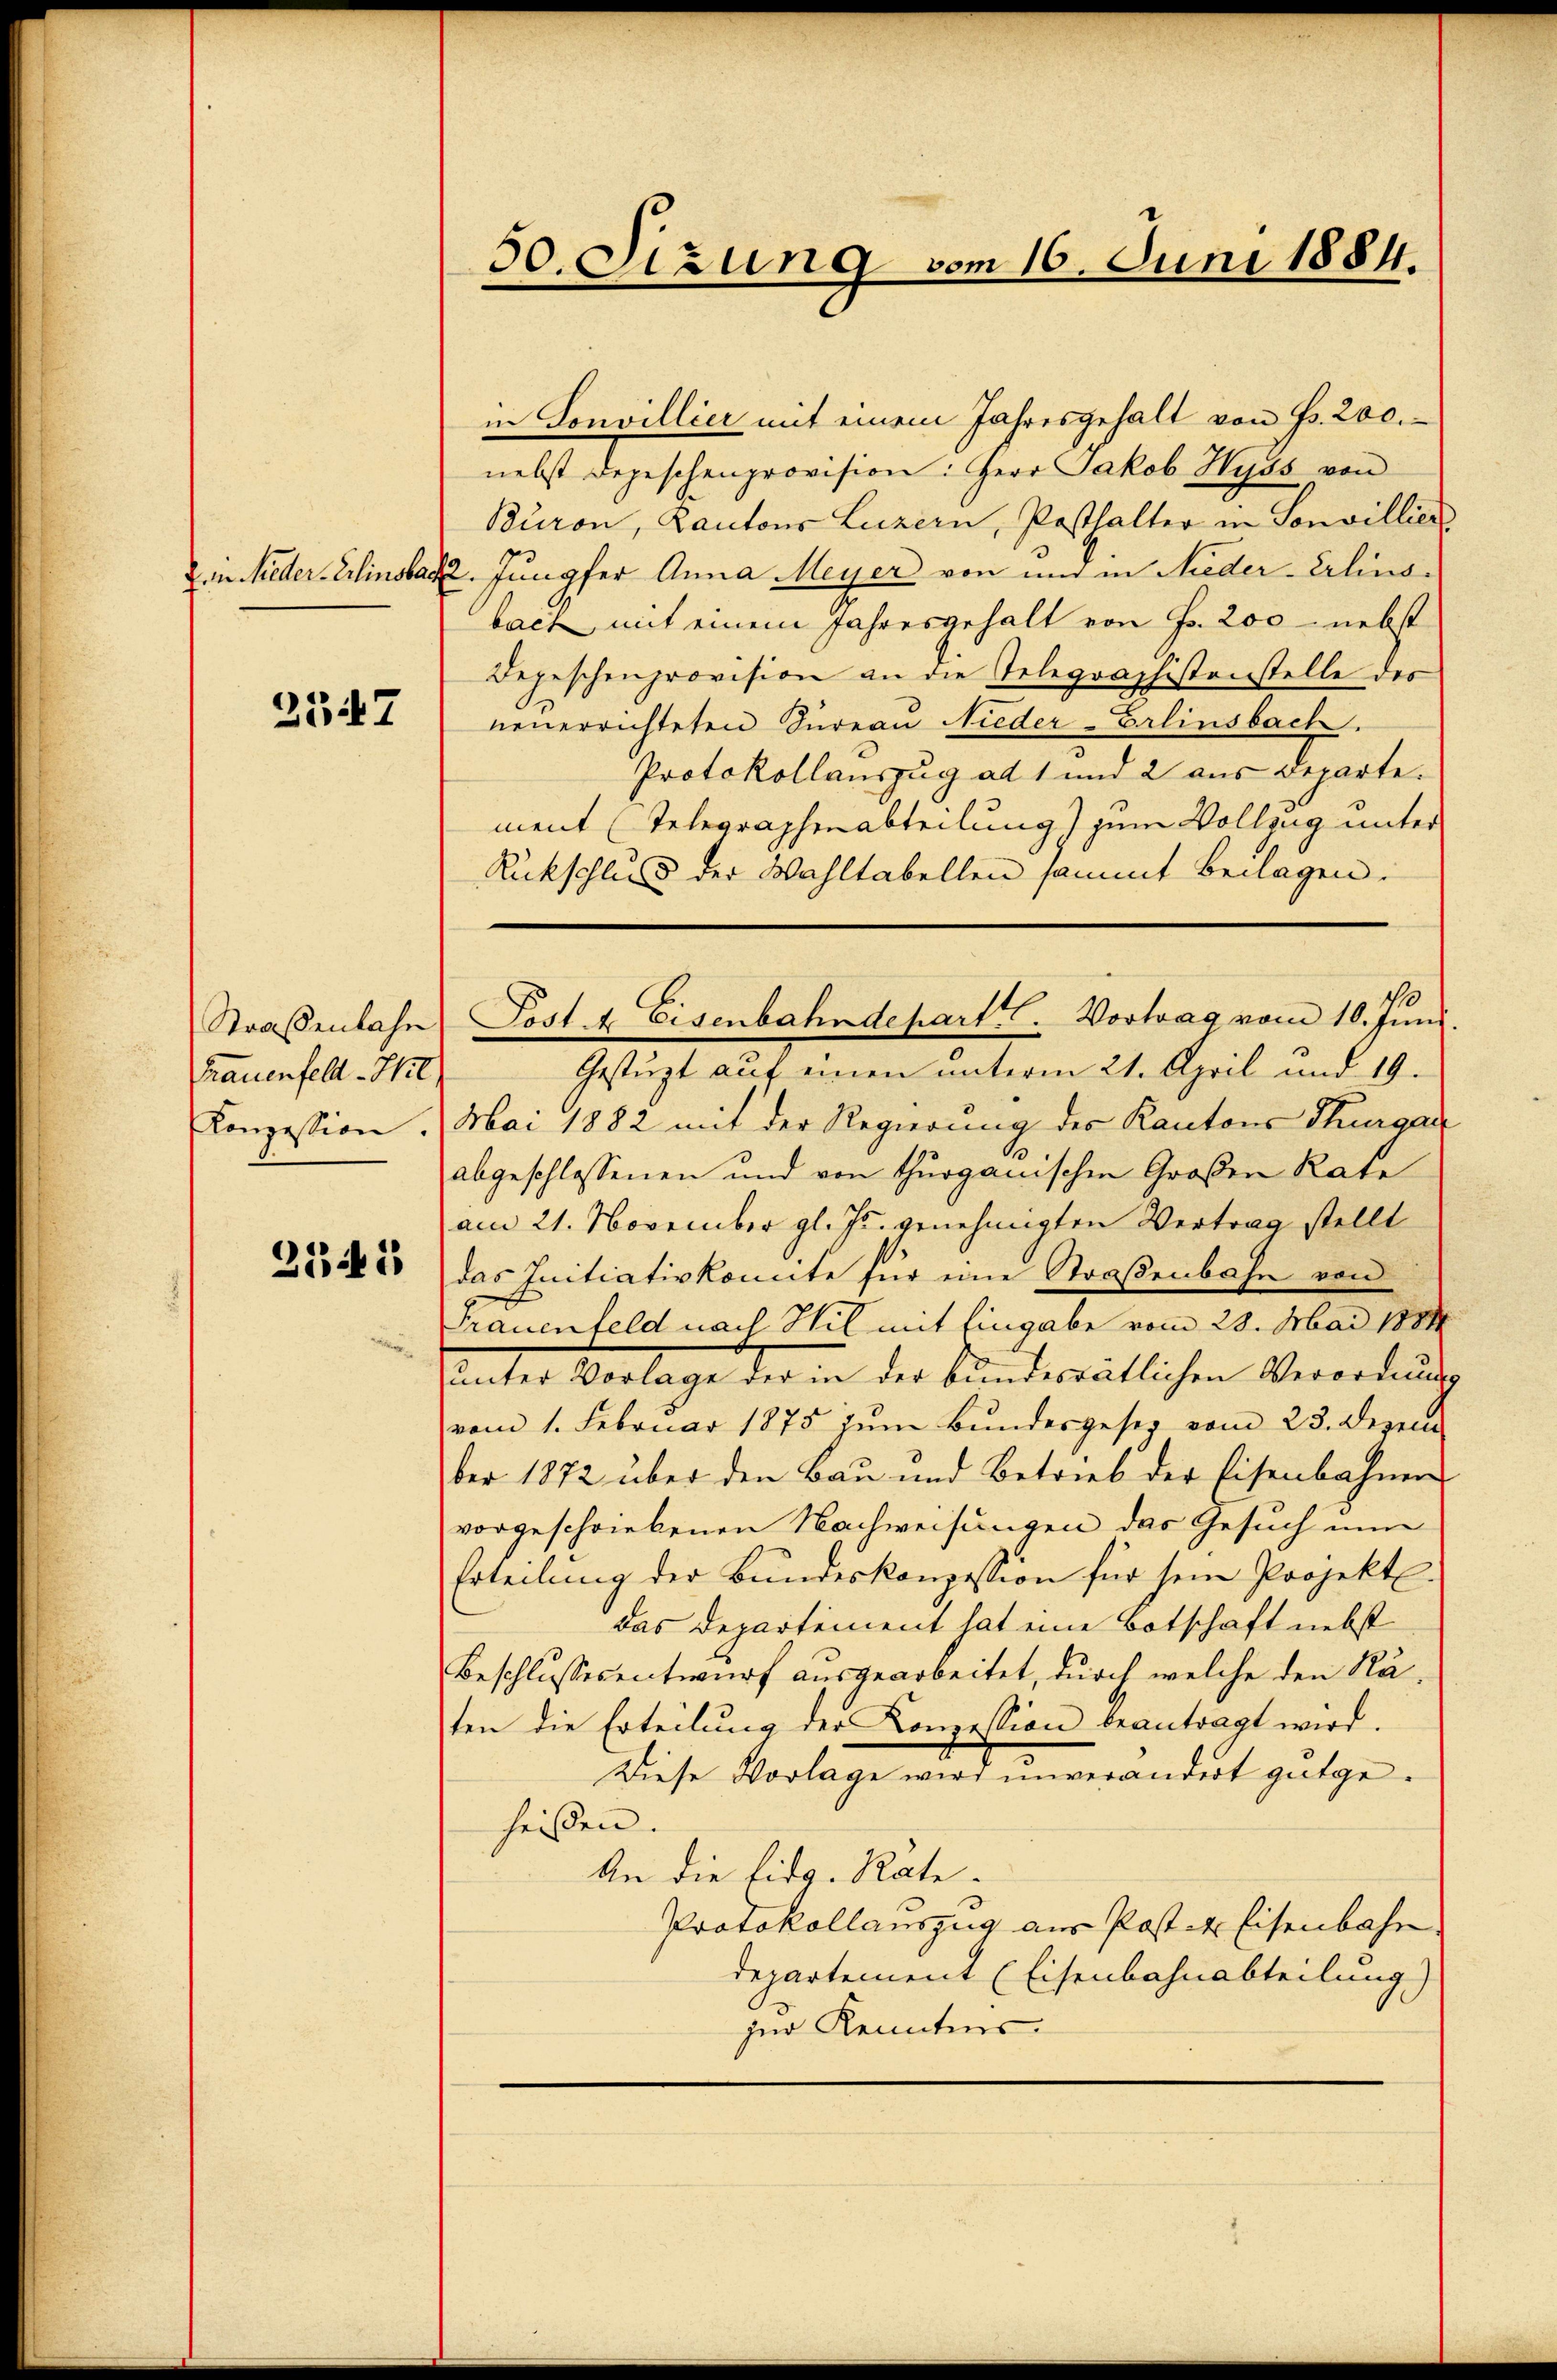
Den Nieder-Erlinsbar

2547

Straßenbahn
Frauenfeld - Hit
Konzession.

27f 5

30. Sitzung vom 16. Juni 1884.

in Sonvillier mit einem Jahresgehalt von Fr. 200.
nebst Depeschenprovision: Herr Jakob Hyss von
Buron, Kantons Luzern, Pesthalter in Sonvillier
2. Jungfer Anna Meyer von und in Nieder-Erlinsbact mit einem Jahresgehalt von Fr. 200 - nebst
Depeschenprovision an die Telegraphistenstelle des
neuerrichteten Türeau Nieder- erlinsbach.
Protokollauszug ad 1 und 2 aus Departe.
ment (Telegraphenabteilung) zum Vollzug unter
Rückschluss der Wahltabellen sammt Beilagen:
Gestüzt auf einen unterm 21. April und 19.
Mai 1882 mit der Regierung des Kantons Thurgau
abgeschlossenen und von thurgauischen Großen Rate
am 21. November gl. Js. genehmigten Vertrag stellt
das Initiativkonnte für eine Straßenbahn von
Frauenfeld nach Wil mit Eingabe vom 28. Mai 1881
unter Vorlage der in der bundesrätlichen Verordnung
vom 1. Februar 1875 zŭm Bŭndesgesez vom 23. Dezem
ber 1872 über den Bau und Betrieb der Eisenbahnen
vorgeschriebenen Nachweisungen das Gesuch nun
Erteilŭng der Bundeskonzession für sein Projekt.
das Departement hat eine Botschaft nebst
Beschlussesentwurf ausgearbeitet, durch welche den Räten die Erteilŭng der Conzession beantragt wird.
Diese Vorlage wird unverändert gutgeheißen.
An die Eidg. Rate¬
Protokollauszug aus Post- & Eisenbahn
departement (Eisenbahnabteilung)
zur Kenntnis.

Post & Eisenbahndepart. Vortrag vom 10. Juni.